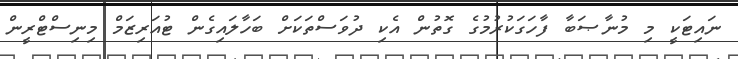
ނައިޓަކީ މި މުނާޞަބާ ފާހަގަކުރުމުގެ ގޮތުން އެކި ދުވަސްތަކަށް ބަހާލައިގެން ޓުއަރިޒަމް މިނިސްޓްރީން